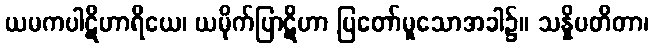
ယမကပါဋိဟာရိယေ၊ ယမိုက်ပြာဋိဟာ ပြတော်မူသောအခါ၌။ သန္နိပတိတာ၊